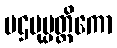
ပဌမုပ္ပတ္တိကော